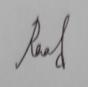
Signature authenticity: genuine